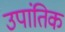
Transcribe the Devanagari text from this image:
उपांतिक